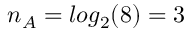
n _ { A } = l o g _ { 2 } ( 8 ) = 3